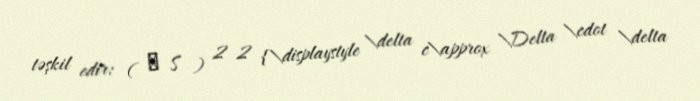
təşkil edir: ( δ S ) 2 2 {\displaystyle \delta c\approx \Delta \cdot \delta